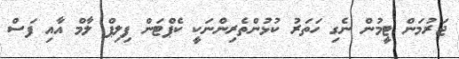
ޖަރުމަން ޓީމުން ނެގި ހަތަރު ކުޅުންތެރިންނަކީ ކެޕްޓަން ފިލިޕް ލާމް އާއި ފަސް